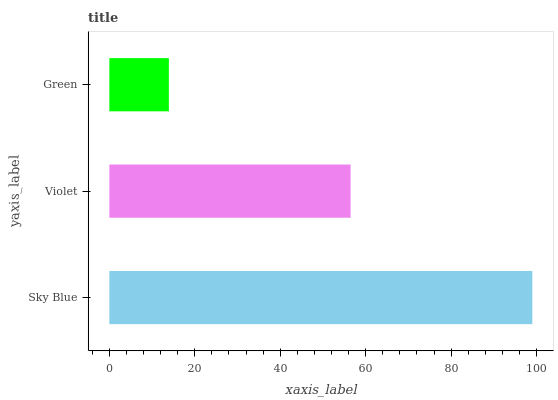
| yaxis_label | bars |
 | --- | --- |
 | Sky Blue | 99 |
 | Violet | 56.5 |
 | Green | 13.9 |